Annual report of the Central Committee of the Association together with the report of the directors of the Pasteur Institute at Kasauli
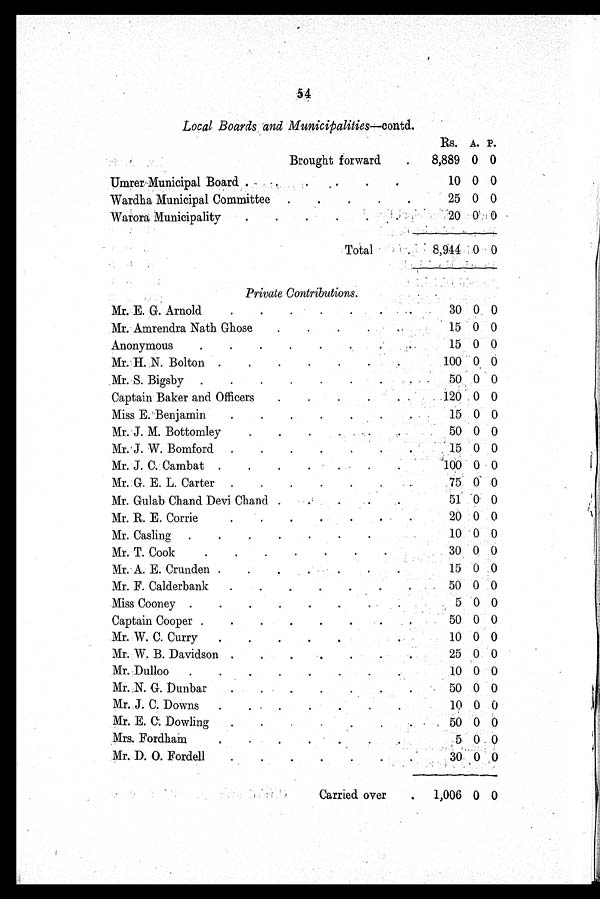
54
Local Boards and Muni ci pal i t i es—contd.
Rs. A. P.
Brought forward
8,889 0 0
Umrer Municipal Board
10 0 0
Wardha Municipal Committee
25 0 0
Warora Municipality
20
0 0
Total
8,944
0 0
Private Contributions.
Mr. E. G. Arnold
30 0 0
Mr. Amrendra Nath Ghose
15 0 0
Anonymous
15 0 0
Mr. H. N. Bolton
100 0 0
Mr. S. Bigsby
50 0 0
Captain Baker and Officers
120 0 0
Miss E. Benjamin
15 0 0
Mr. J. M. Bottomley
50 0 0
Mr. J. W. Bomford
15 0 0
Mr. J. C. Cambat
100 0 0
Mr. G. E. L. Carter
75 0 0
Mr. Gulab Chand Devi Chand
51
0 0
Mr. R. E. Corrie
20 0 0
Mr. Casling
10 0 0
Mr. T. Cook
30 0 0
Mr. A. E. Crunden
15 0 0
Mr. F. Calderbank
50 0 0
Miss Cooney
5 0 0
Captain Cooper
50 0 0
Mr. W. C. Curry
10 0 0
Mr. W. B. Davidson
25 0 0
Mr. Dulloo
10 0 0
Mr. N. G. Dunbar
50 0 0
Mr. J. C. Downs
10
0 0
Mr. E. C. Dowling
50 0 0
Mrs. Fordham
5 0 0
Mr. D. O. Fordell
30 0 0
Carried over
1,006 0 0